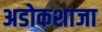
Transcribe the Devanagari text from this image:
अडोकशाजा